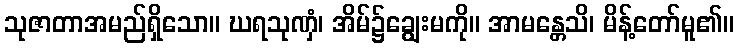
သုဇာတာအမည်ရှိသော။ ဃရသုဏှံ၊ အိမ်၌ချွေးမကို။ အာမန္တေသိ၊ မိန့်တော်မူ၏။